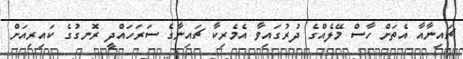
ޗައިނާއާ އެތަށް ހާސް މޭލެއްގެ ދުރުގައިވާ އެމެރިކާ ޗައިނާގެ ސަރަހައްދީ ރޮނގުގެ ކައިރިއަށް